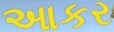
આકર